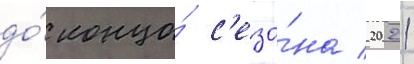
до́ конца́ с'езо́на 2021